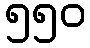
၅၅၀